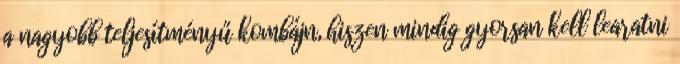
a nagyobb teljesítményű kombájn, hiszen mindig gyorsan kell learatni